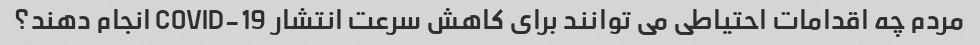
مردم چه اقدامات احتیاطی می توانند برای کاهش سرعت انتشار COVID-19 انجام دهند؟